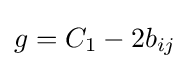
g=C_{1}-2b_{ij}